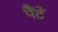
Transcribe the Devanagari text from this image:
पैंटें